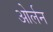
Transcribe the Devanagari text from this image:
ओर्लन